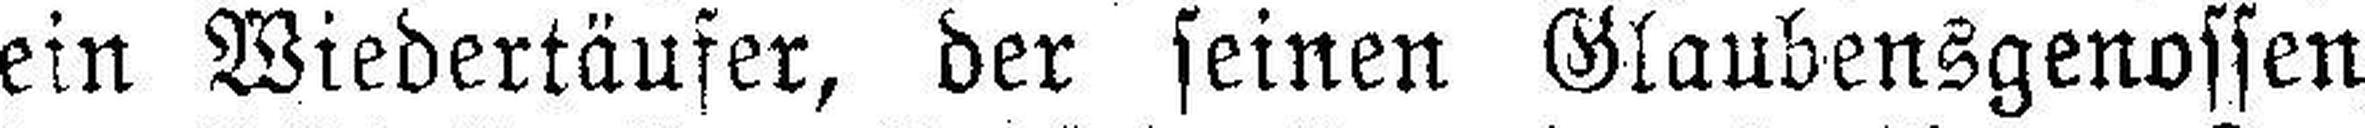
ein Wiedertäufer, der seinen Glaubensgenossen